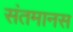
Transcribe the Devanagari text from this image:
संतमानस